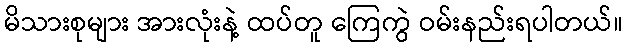
မိသားစုများ အားလုံးနဲ့ ထပ်တူ ကြေကွဲ ဝမ်းနည်းရပါတယ်။